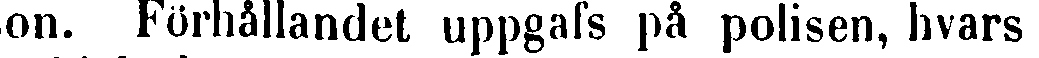
son. Förhållandet uppgafs på polisen, hvars